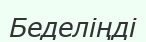
Беделіңді